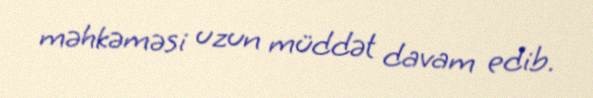
məhkəməsi uzun müddət davam edib.